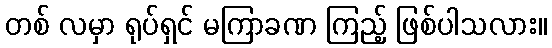
တစ် လမှာ ရုပ်ရှင် မကြာခဏ ကြည့် ဖြစ်ပါသလား။